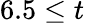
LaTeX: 6.5\leq t